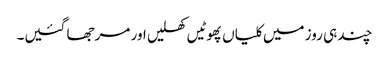
چند ہی روز میں کلیاں پھوٹیں کھلیں اور مرجھا گئیں۔